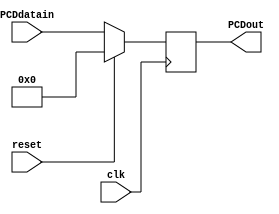
module pcD (
    input wire clk,           // Seal de reloj
    input wire reset,         // Seal de reinicio
    input wire [31:0] PCDdatain, // Entrada de datos
    output reg [31:0] PCDout
);

always @(negedge clk) begin
    if (reset == 1) begin
        PCDout <= 32'b00000000000000000000000000000000;
    end
    else begin
        PCDout <= PCDdatain;
    end
end

endmodule